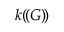
k ( \! ( G ) \! )